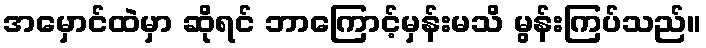
အမှောင်ထဲမှာ ဆိုရင် ဘာကြောင့်မှန်းမသိ မွန်းကြပ်သည်။